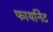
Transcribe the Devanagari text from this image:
फायनिट